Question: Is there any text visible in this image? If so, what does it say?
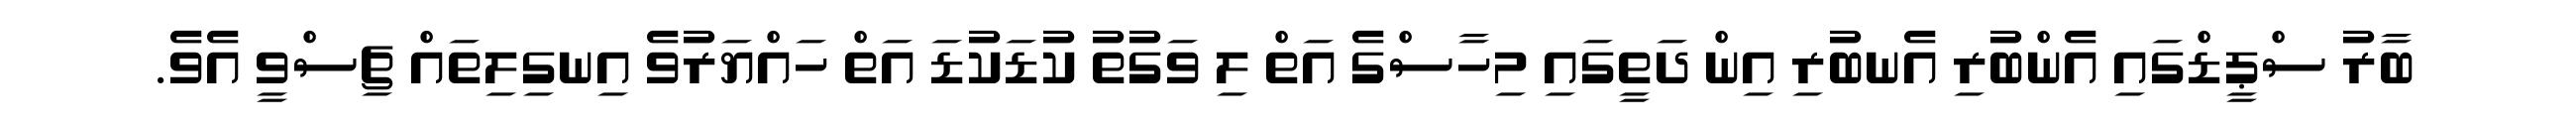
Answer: ބާރު ސްޕީޑްގައި އެންބުރި އެނބުރި އިން ދަތީގައި މިހާސްގެ އަތް ލި ވަގުތު ކުޑަކުޑަ އަތް ހައްޔަރުވެ އިނގިލިތައް ޗިސްވީ އެވެ.